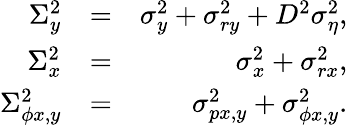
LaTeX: \begin{array}{rlr}{\Sigma_{y}^{2}}&{=}&{\sigma_{y}^{2}+\sigma_{ry}^{2}+D^{2}\sigma_{\eta}^{2},}\\ {\Sigma_{x}^{2}}&{=}&{\sigma_{x}^{2}+\sigma_{rx}^{2},}\\ {\Sigma_{\phi x,y}^{2}}&{=}&{\sigma_{px,y}^{2}+\sigma_{\phi x,y}^{2}.}\end{array}